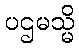
ပဌမသ္မိ